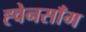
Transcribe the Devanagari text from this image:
ह्वेनसाँग